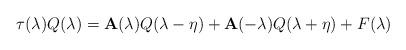
LaTeX: \begin{align*}\tau (\lambda )Q(\lambda )=\mathbf{A}(\lambda )Q(\lambda -\eta )+\mathbf{A}(-\lambda )Q(\lambda +\eta )+F(\lambda )\end{align*}